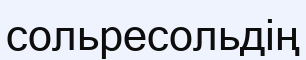
сольресольдің